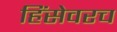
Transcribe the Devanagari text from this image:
हिंसेवरच